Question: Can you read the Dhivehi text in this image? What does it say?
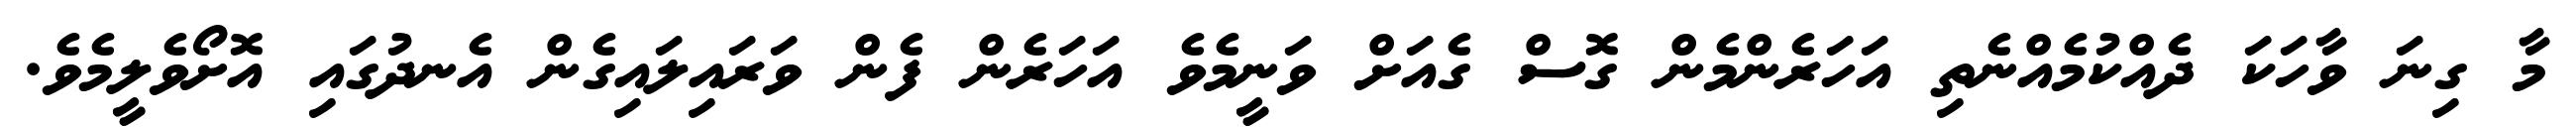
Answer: މާ ގިނަ ވާހަކަ ދެއްކުމެއްނެތި އަހަރެންމެން ގޮސް ގެއަށް ވަނީމެވެ އަހަރެން ފެން ވަރައިލައިގެން އެނދުގައި އޮށޯވެލީމެވެ.